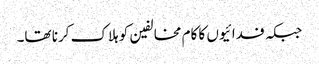
جبکہ فدائیوں کا کام مخالفین کو ہلاک کرنا تھا۔